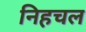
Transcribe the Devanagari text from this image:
निहचल